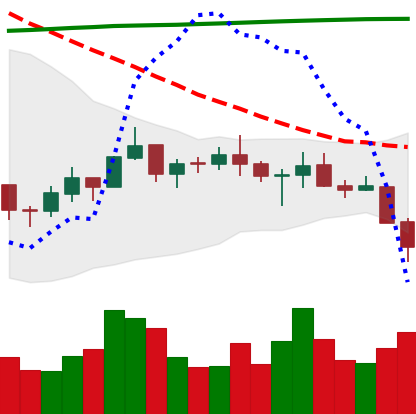
Ticker: BNB-USD
Chart end date: 2021-07-20
Forward return: 14.221%
Label: up_7plus